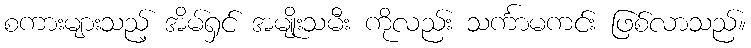
စကားများသည့် အိမ်ရှင် အမျိုးသမီး ကိုလည်း သင်္ကာမကင်း ဖြစ်လာသည်။